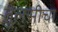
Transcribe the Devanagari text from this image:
तुलसीचा